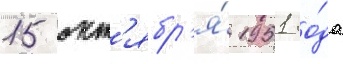
15 окт'ябр'я́ 1951 го́да